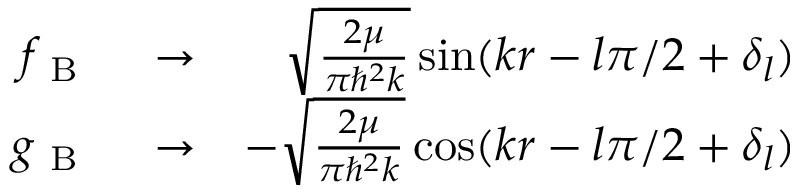
\begin{array} { r l r } { f _ { \mathrm { ~ B ~ } } } & { { } \rightarrow } & { \sqrt { \frac { 2 \mu } { \pi \hbar ^ { 2 } k } } \sin ( k r - l \pi / 2 + \delta _ { l } ) } \\ { g _ { \mathrm { ~ B ~ } } } & { { } \rightarrow } & { - \sqrt { \frac { 2 \mu } { \pi \hbar ^ { 2 } k } } \cos ( k r - l \pi / 2 + \delta _ { l } ) } \end{array}